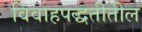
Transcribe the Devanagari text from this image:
विवाहपद्धतीतील